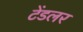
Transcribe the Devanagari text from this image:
टेंडलर